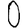
Digit: 0